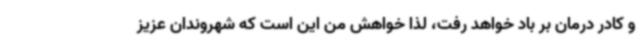
و کادر درمان بر باد خواهد رفت، لذا خواهش من این است که شهروندان عزیز